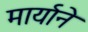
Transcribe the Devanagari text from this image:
मार्याने